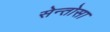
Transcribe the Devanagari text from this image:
सेन्तोसा